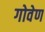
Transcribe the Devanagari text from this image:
गोवेण